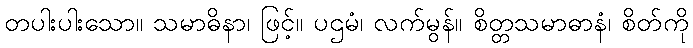
တပါးပါးသော။ သမာဓိနာ၊ ဖြင့်။ ပဌမံ၊ လက်မွန်။ စိတ္တသမာဓာနံ၊ စိတ်ကို